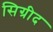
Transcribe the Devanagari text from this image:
सिग्रीद